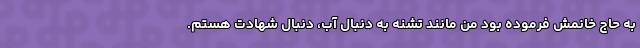
به حاج خانمش فرموده بود من مانند تشنه به دنبال آب، دنبال شهادت هستم.